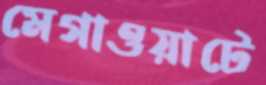
মেগাওয়াটে